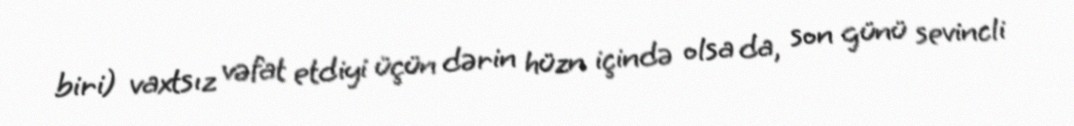
biri) vaxtsız vəfat etdiyi üçün dərin hüzn içində olsa da, son günü sevincli